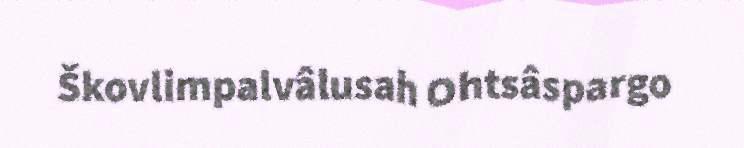
Škovlimpalvâlusah Ohtsâspargo